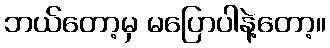
ဘယ်တော့မှ မပြောပါနဲ့တော့။